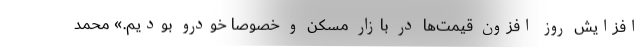
افزایش روز افزون قیمت‌ها در بازار مسکن و خصوصا خودرو بودیم.» محمد